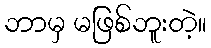
ဘာမှ မဖြစ်ဘူးတဲ့။